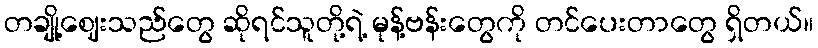
တချို့ဈေးသည်တွေ ဆိုရင်သူတို့ရဲ့ မုန့်ဗန်းတွေကို တင်ပေးတာတွေ ရှိတယ်။